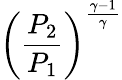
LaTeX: \left({\frac{P_{2}}{P_{1}}}\right)^{\frac{\gamma-1}{\gamma}}